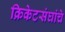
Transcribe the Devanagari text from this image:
क्रिकेटसंघांचे